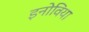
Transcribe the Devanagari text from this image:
इनोविया